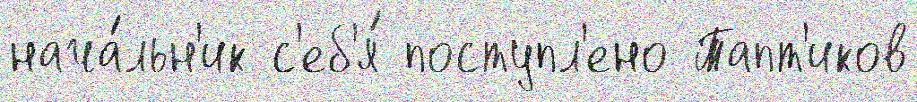
нача́льн'ик с'еб'я́ поступл'ено Тапт'иков